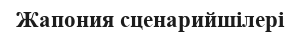
Жапония сценарийшілері